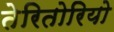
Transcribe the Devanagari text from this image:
तेरितोरियो